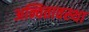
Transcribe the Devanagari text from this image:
अन्वितावस्था